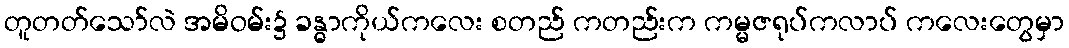
တူတတ်သော်လဲ အမိဝမ်း၌ ခန္ဓာကိုယ်ကလေး စတည် ကတည်းက ကမ္မဇရုပ်ကလာပ် ကလေးတွေမှာ